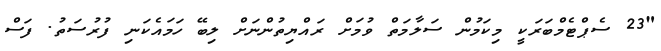
"23 ސެޕްޓެމްބަރަކީ މިކަމުން ސަލާމަތް ވުމަށް ރައްޔިތުންނަށް ލިބޭ ހަމައެކަނި ފުރުސަތު. ފަސް